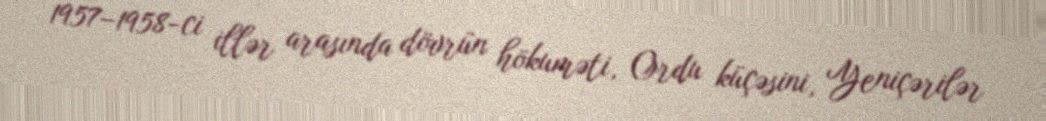
1957–1958-ci illər arasında dövrün hökuməti, Ordu küçəsini, Yeniçərilər